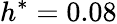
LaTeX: h^{*}=0.08